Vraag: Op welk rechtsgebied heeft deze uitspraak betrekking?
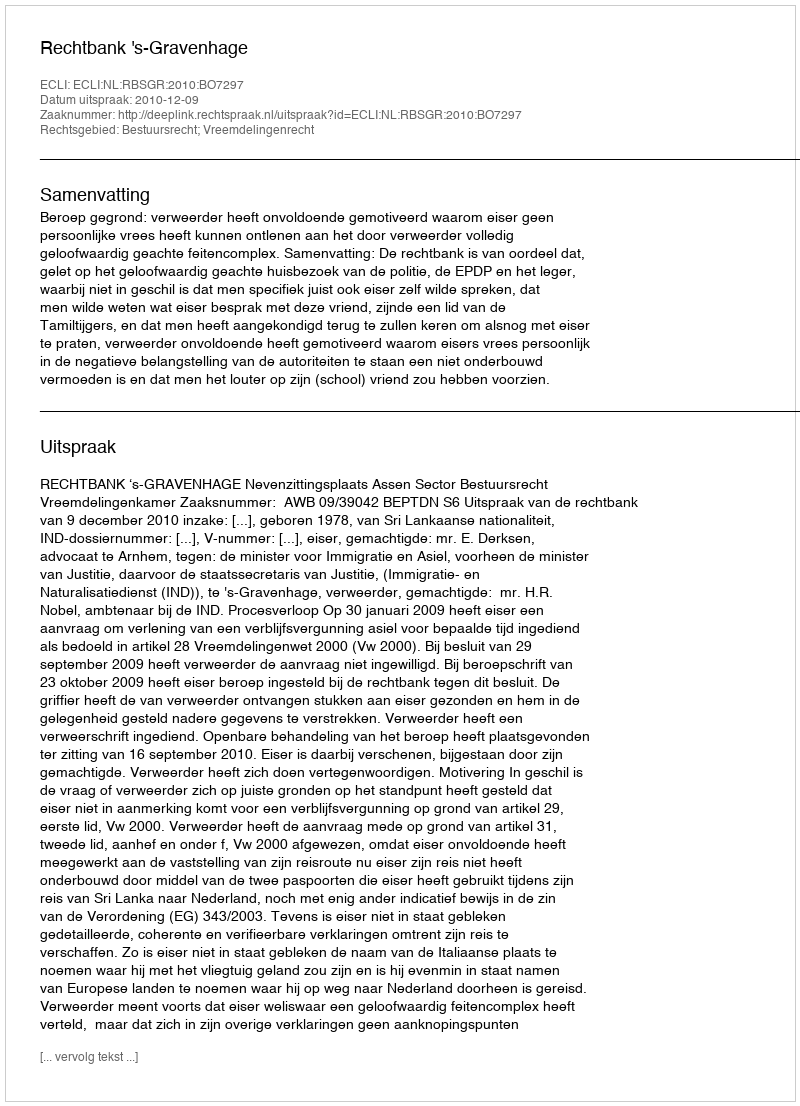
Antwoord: Bestuursrecht; Vreemdelingenrecht